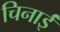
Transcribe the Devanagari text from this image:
चिनाईं